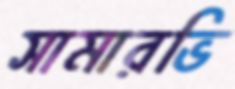
সামারভি